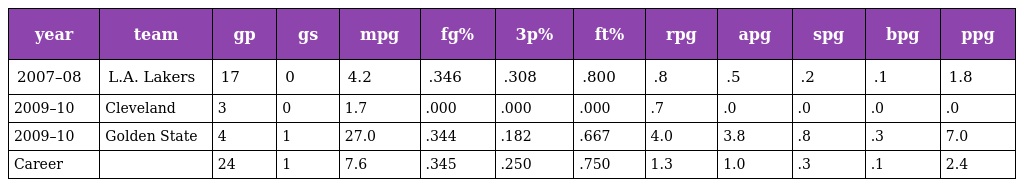
| year | team | gp | gs | mpg | fg% | 3p% | ft% | rpg | apg | spg | bpg | ppg |
 | --- | --- | --- | --- | --- | --- | --- | --- | --- | --- | --- | --- | --- |
 | 2007–08 | L.A. Lakers | 17 | 0 | 4.2 | .346 | .308 | .800 | .8 | .5 | .2 | .1 | 1.8 |
 | 2009–10 | Cleveland | 3 | 0 | 1.7 | .000 | .000 | .000 | .7 | .0 | .0 | .0 | .0 |
 | 2009–10 | Golden State | 4 | 1 | 27.0 | .344 | .182 | .667 | 4.0 | 3.8 | .8 | .3 | 7.0 |
 | Career |  | 24 | 1 | 7.6 | .345 | .250 | .750 | 1.3 | 1.0 | .3 | .1 | 2.4 |